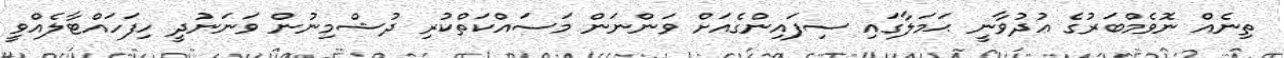
ތިނެއް ނޮވެމްބަރުގެ ޢުދުވާނީ ޙަމަލާގައި ސިފައިންގެއަށް ވަންނަން މަސައްކަތްކުރި ދުޝްމިނުން ވަނަނުދީ ހިފަހައްޓާލެއްވީ